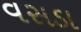
વસડા